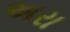
અરા